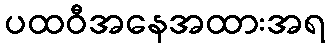
ပထဝီအနေအထားအရ